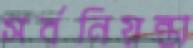
সর্বনিয়ন্তা